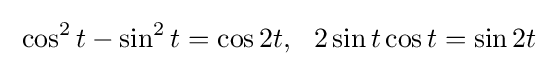
\;\cos ^{2}t-\sin ^{2}t=\cos 2t,\ \ 2\sin t\cos t=\sin 2t\;